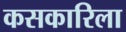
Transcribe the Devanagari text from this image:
कसकारिला